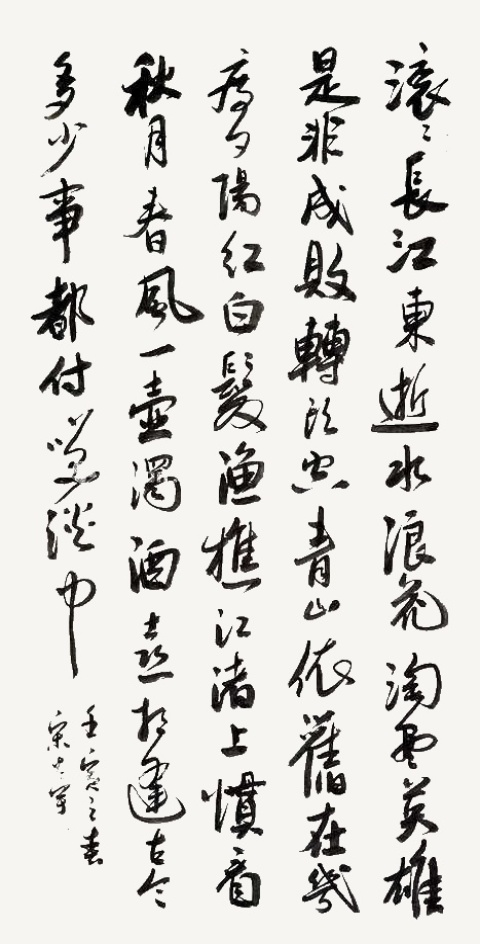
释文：滚滚长江东逝水，浪花淘尽英雄。是非成败转头空。青山依旧在，几度夕阳红。白发渔樵江渚上，惯看秋月春风。一壶浊酒喜相逢。古今多少事，都付笑谈中。宋大宇